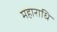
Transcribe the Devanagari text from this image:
महाराधि